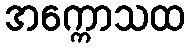
အက္ကောသထ